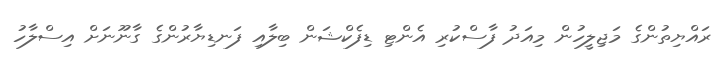
ރައްޔިތުންގެ މަޖިލީހުން މިއަދު ފާސްކުރި އެންޓި ޑިފެކްޝަން ބިލާއި ފަނޑިޔާރުންގެ ގާނޫނަށް އިސްލާހު